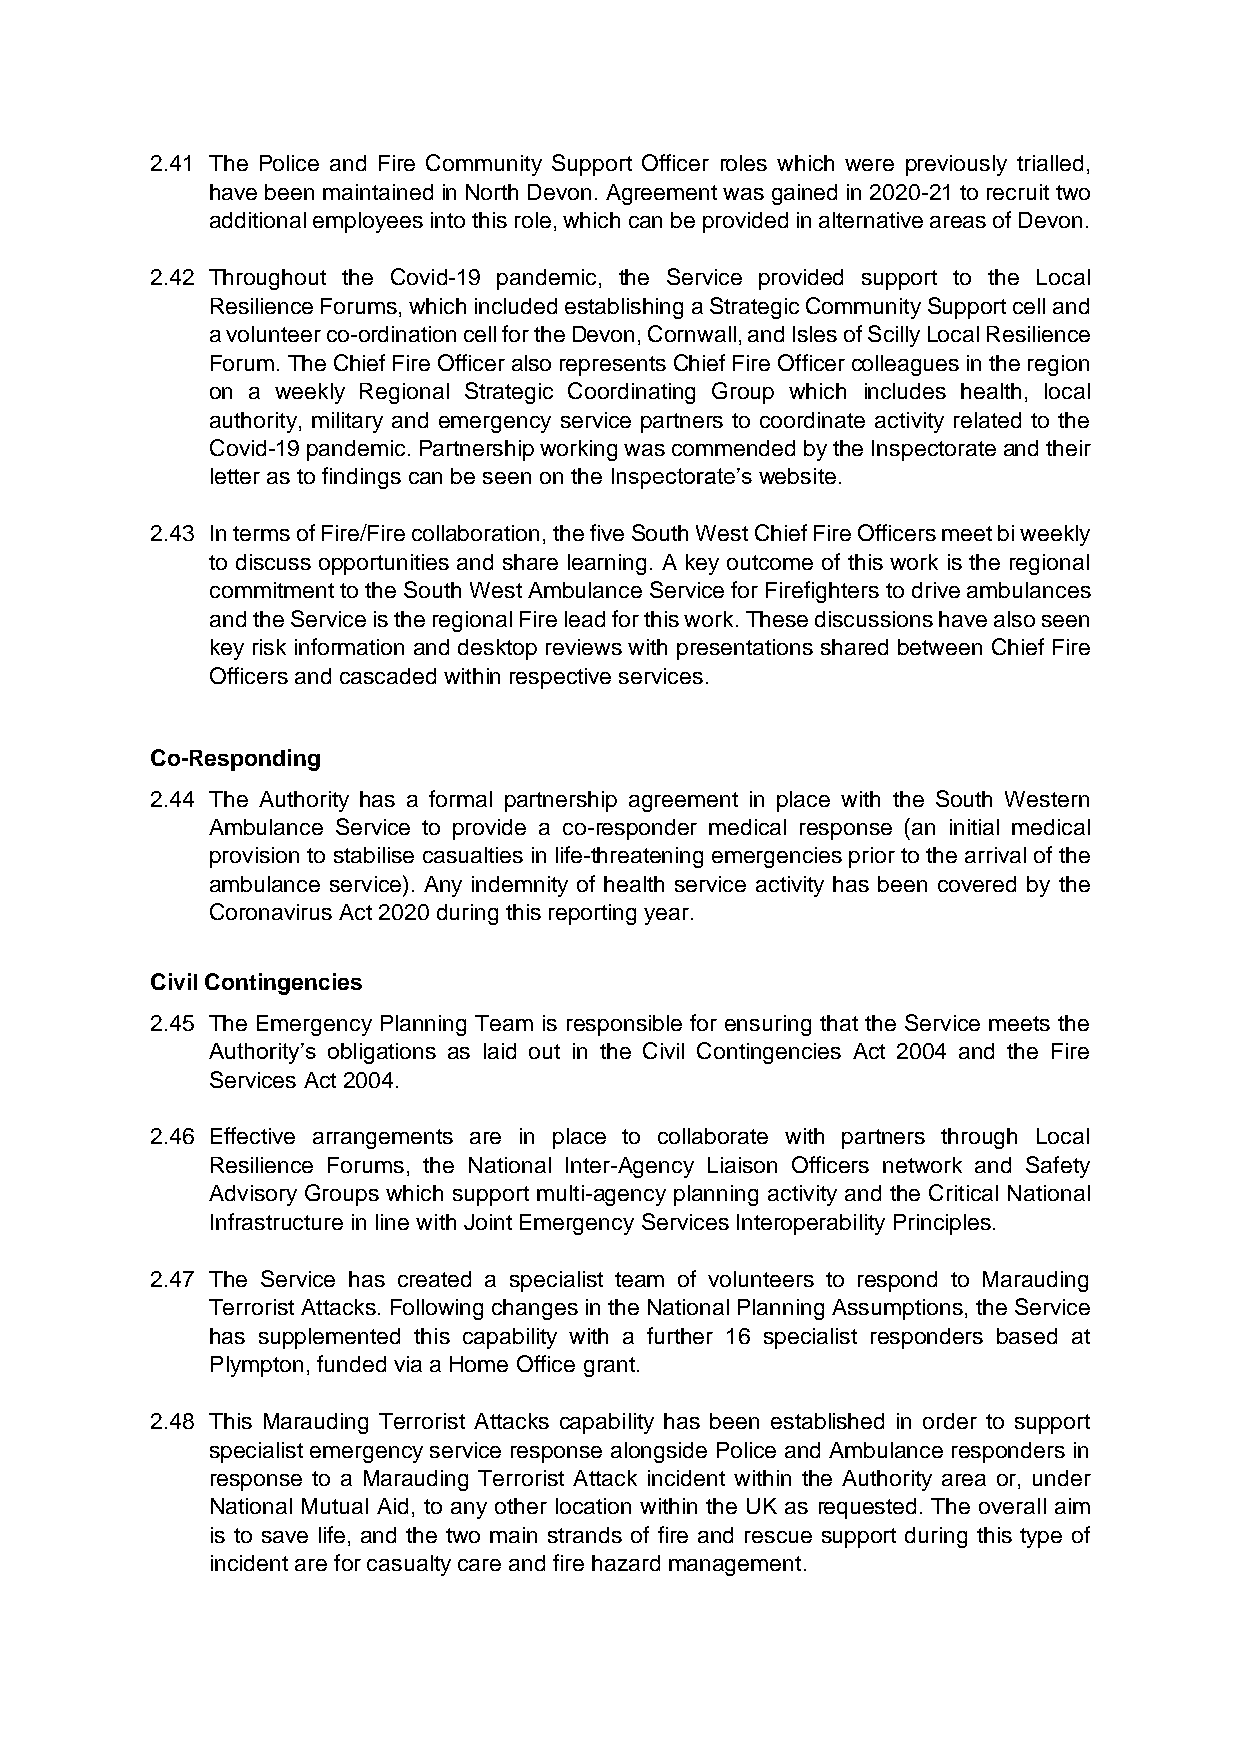
2.41 The Police and Fire Community Support Officer roles which were previously trialled,
 have been maintained in North Devon. Agreement was gained in 2020-21 to recruit two
 additional employees into this role, which can be provided in alternative areas of Devon.
 2.42 Throughout the Covid-19 pandemic, the Service provided support to the Local
 Resilience Forums, which included establishing a Strategic Community Support cell and
 a volunteer co-ordination cell for the Devon, Cornwall, and Isles of Scilly Local Resilience
 Forum. The Chief Fire Officer also represents Chief Fire Officer colleagues in the region
 on a weekly Regional Strategic Coordinating Group which includes health, local
 authority, military and emergency service partners to coordinate activity related to the
 Covid-19 pandemic. Partnership working was commended by the Inspectorate and their
 letter as to findings can be seen on the Inspectorate’s website.
 2.43 In terms of Fire/Fire collaboration, the five South West Chief Fire Officers meet bi weekly
 to discuss opportunities and share learning. A key outcome of this work is the regional
 commitment to the South West Ambulance Service for Firefighters to drive ambulances
 and the Service is the regional Fire lead for this work. These discussions have also seen
 key risk information and desktop reviews with presentations shared between Chief Fire
 Officers and cascaded within respective services.
 Co-Responding
 2.44 The Authority has a formal partnership agreement in place with the South Western
 Ambulance Service to provide a co-responder medical response (an initial medical
 provision to stabilise casualties in life-threatening emergencies prior to the arrival of the
 ambulance service). Any indemnity of health service activity has been covered by the
 Coronavirus Act 2020 during this reporting year.
 Civil Contingencies
 2.45 The Emergency Planning Team is responsible for ensuring that the Service meets the
 Authority’s obligations as laid out in the Civil Contingencies Act 2004 and the Fire
 Services Act 2004.
 2.46 Effective arrangements are in place to collaborate with partners through Local
 Resilience Forums, the National Inter-Agency Liaison Officers network and Safety
 Advisory Groups which support multi-agency planning activity and the Critical National
 Infrastructure in line with Joint Emergency Services Interoperability Principles.
 2.47 The Service has created a specialist team of volunteers to respond to Marauding
 Terrorist Attacks. Following changes in the National Planning Assumptions, the Service
 has supplemented this capability with a further 16 specialist responders based at
 Plympton, funded via a Home Office grant.
 2.48 This Marauding Terrorist Attacks capability has been established in order to support
 specialist emergency service response alongside Police and Ambulance responders in
 response to a Marauding Terrorist Attack incident within the Authority area or, under
 National Mutual Aid, to any other location within the UK as requested. The overall aim
 is to save life, and the two main strands of fire and rescue support during this type of
 incident are for casualty care and fire hazard management.